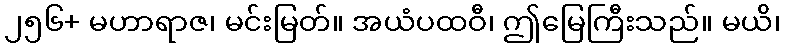
၂၅၆+ မဟာရာဇ၊ မင်းမြတ်။ အယံပထဝီ၊ ဤမြေကြီးသည်။ မယိ၊